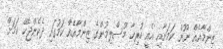
ޒިންމާއެއް ނޫން ކަމަށާއި އެއީ ހުރިހާ މުސްލިމުންގެ ޒިންމާއެއް ކަމުގައި ދެކެންޖެހޭ ކަމަށް